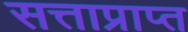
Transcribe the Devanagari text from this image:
सत्ताप्राप्त